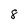
Character: 8